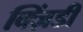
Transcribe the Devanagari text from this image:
क्ज़िंडी